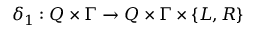
\delta _ { 1 } : Q \times \Gamma \to Q \times \Gamma \times \{ L , R \}